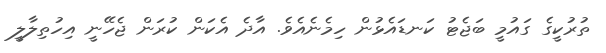
ތުރުކީގެ ގައުމީ ބަޖެޓު ކަނޑައެޅުން ހިމެނެއެވެ. އާދެ އެކަން ކުރަން ޖެހޭނީ އިހުތިލާލީ